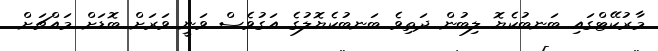
މާރުކޭޓްގައި ބަނބުކެޔޮ ލިބުން ދަތިވެ ބަނބުކެޔޮލުގެ އަގުވެސް ވަނީ ވަރަށް ބޮޑަށް މައްޗަށް